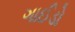
ગાઈડો